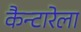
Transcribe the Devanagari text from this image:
कैन्टारेला